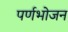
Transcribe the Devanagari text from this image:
पर्णभोजन